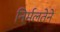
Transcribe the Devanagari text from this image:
निर्मलतेने